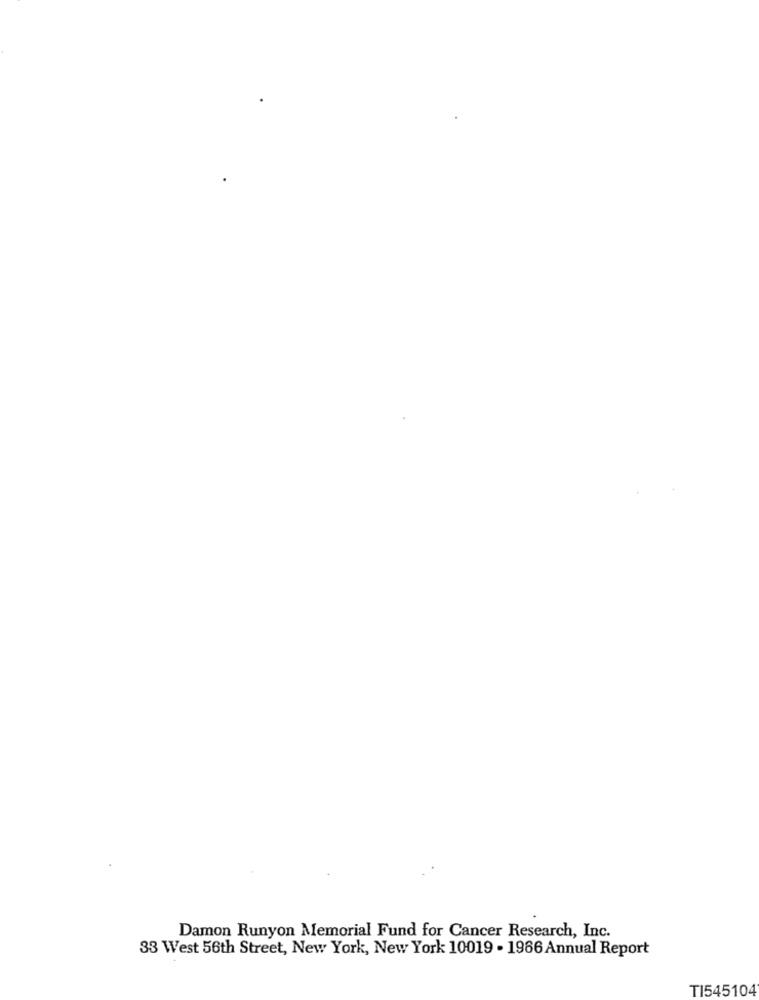
Damon Runyon Memorial Fund for Cancer Research, Inc.
33 West 56th Street, New York, New York 10019 - 1986 Annual Report
TI545104